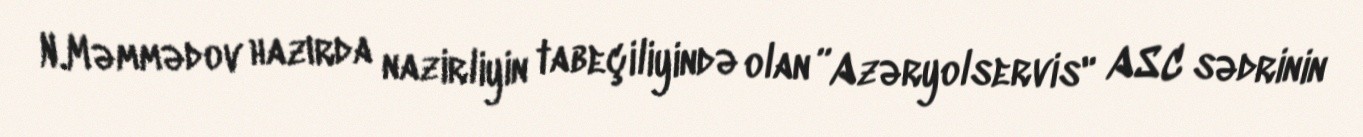
N.Məmmədov hazırda nazirliyin tabeçiliyində olan ”Azəryolservis" ASC sədrinin